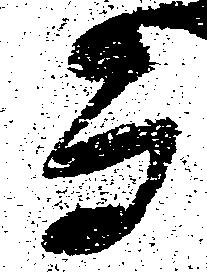
而